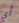
أي